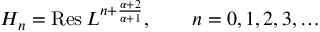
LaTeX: H _ { n } = \mathrm { R e s } \, L ^ { n + { \frac { \alpha + 2 } { \alpha + 1 } } } , \qquad n = 0 , 1 , 2 , 3 , \dots